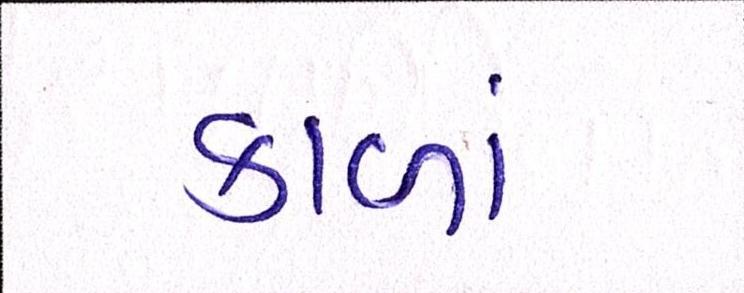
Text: કાળાં